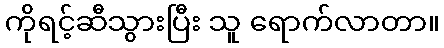
ကိုရင့်ဆီသွားပြီး သူ ရောက်လာတာ။